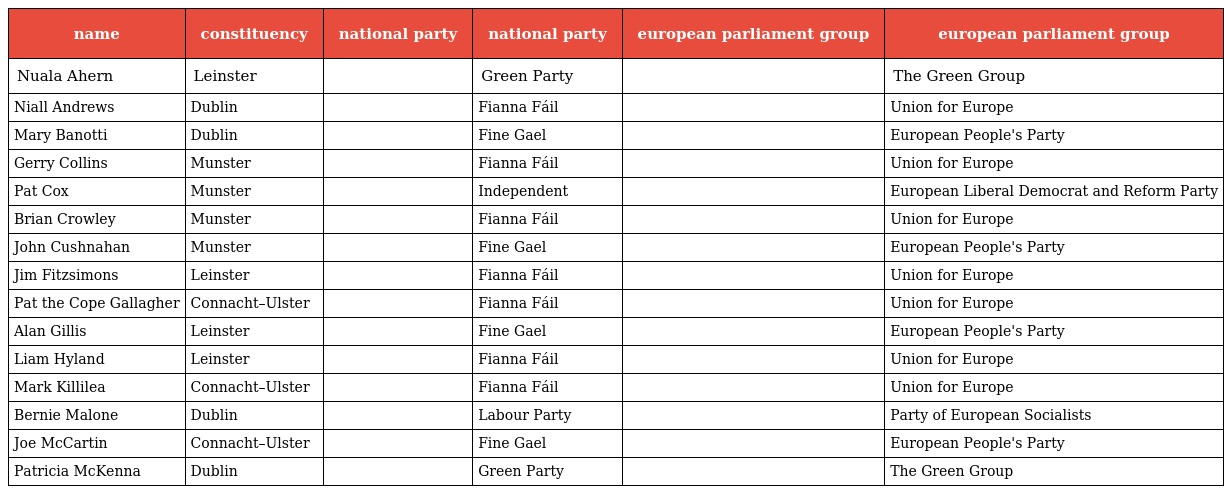
| name | constituency | national party | national party | european parliament group | european parliament group |
 | --- | --- | --- | --- | --- | --- |
 | Nuala Ahern | Leinster |  | Green Party |  | The Green Group |
 | Niall Andrews | Dublin |  | Fianna Fáil |  | Union for Europe |
 | Mary Banotti | Dublin |  | Fine Gael |  | European People's Party |
 | Gerry Collins | Munster |  | Fianna Fáil |  | Union for Europe |
 | Pat Cox | Munster |  | Independent |  | European Liberal Democrat and Reform Party |
 | Brian Crowley | Munster |  | Fianna Fáil |  | Union for Europe |
 | John Cushnahan | Munster |  | Fine Gael |  | European People's Party |
 | Jim Fitzsimons | Leinster |  | Fianna Fáil |  | Union for Europe |
 | Pat the Cope Gallagher | Connacht–Ulster |  | Fianna Fáil |  | Union for Europe |
 | Alan Gillis | Leinster |  | Fine Gael |  | European People's Party |
 | Liam Hyland | Leinster |  | Fianna Fáil |  | Union for Europe |
 | Mark Killilea | Connacht–Ulster |  | Fianna Fáil |  | Union for Europe |
 | Bernie Malone | Dublin |  | Labour Party |  | Party of European Socialists |
 | Joe McCartin | Connacht–Ulster |  | Fine Gael |  | European People's Party |
 | Patricia McKenna | Dublin |  | Green Party |  | The Green Group |